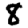
Digit: 8